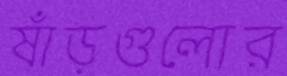
ষাঁড়গুলোর